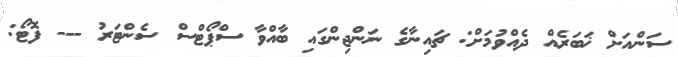
ސަންއަށް ޚަބަރެއް ދެއްވުމަށް: ޗައިނާގެ ނަންޖިންގައި ބާއްވާ ސްޕޯޓްސް ސެންޓަރު --- ފޮޓޯ: